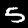
Digit: 5